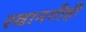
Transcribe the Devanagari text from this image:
रवानगीही